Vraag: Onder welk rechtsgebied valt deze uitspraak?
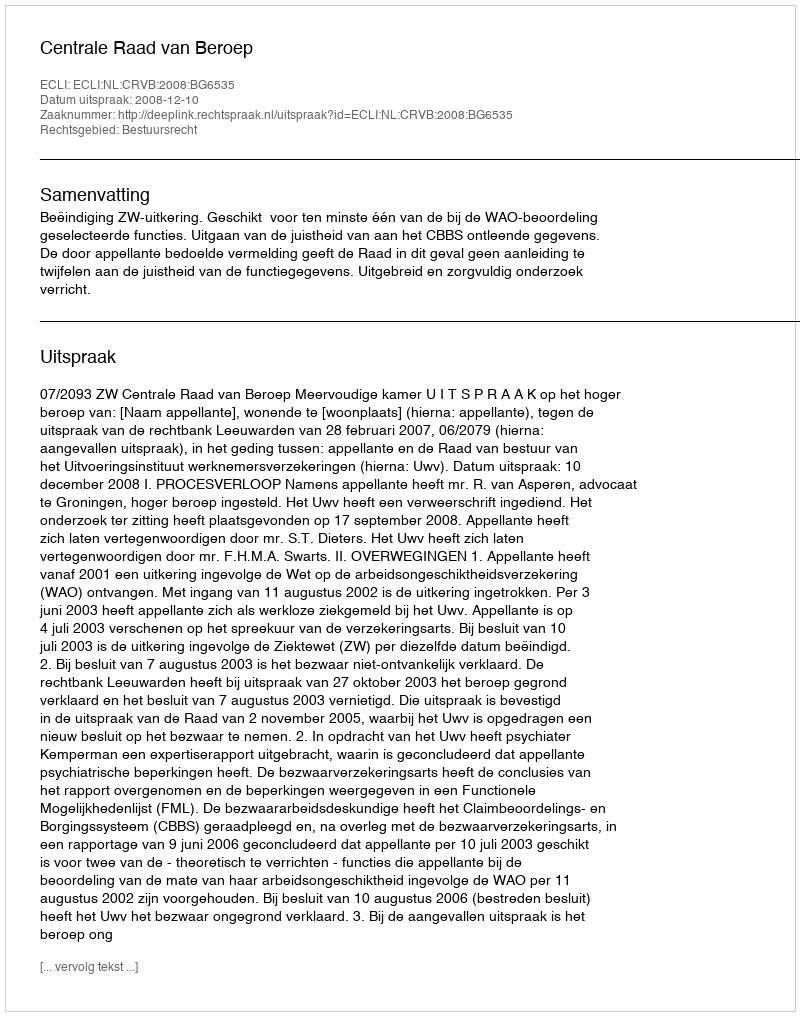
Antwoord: Bestuursrecht